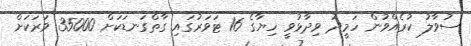
ސުވާލު ކުރެއްވުން ހަމީދު ވިދާޅުވީ ހިޔާގެ 16 ޓަވަރުގައި ގާތްގަނޑަކަށް 35000 ވަރަކަށް